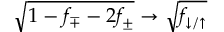
\sqrt { 1 - f _ { \mp } - 2 f _ { \pm } } \to \sqrt { f _ { \downarrow / \uparrow } }